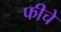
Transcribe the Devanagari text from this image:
फीचे